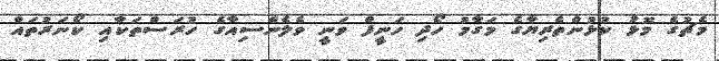
މެޗުގެ މޮޅު ކުޅުންތެރިޔާގެ މަގާމު ހޯދި ހަނީފް ވަނީ ވެލެންސިއާގެ ހުރަސްތަކާއި ކޯނަރުތައް